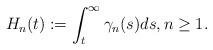
LaTeX: \begin{align*}H_{n}(t):=\int_{t}^{\infty}\gamma_{n}(s)ds,n\geq 1.\end{align*}